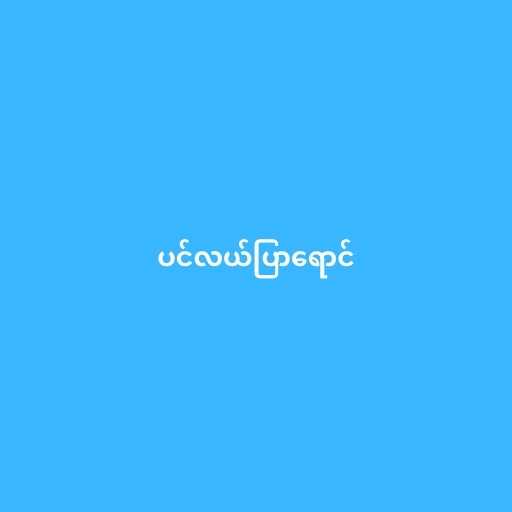
ပင်လယ်ပြာရောင်